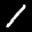
Label: 1